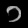
Digit: ၁